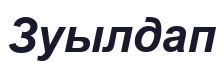
Зуылдап